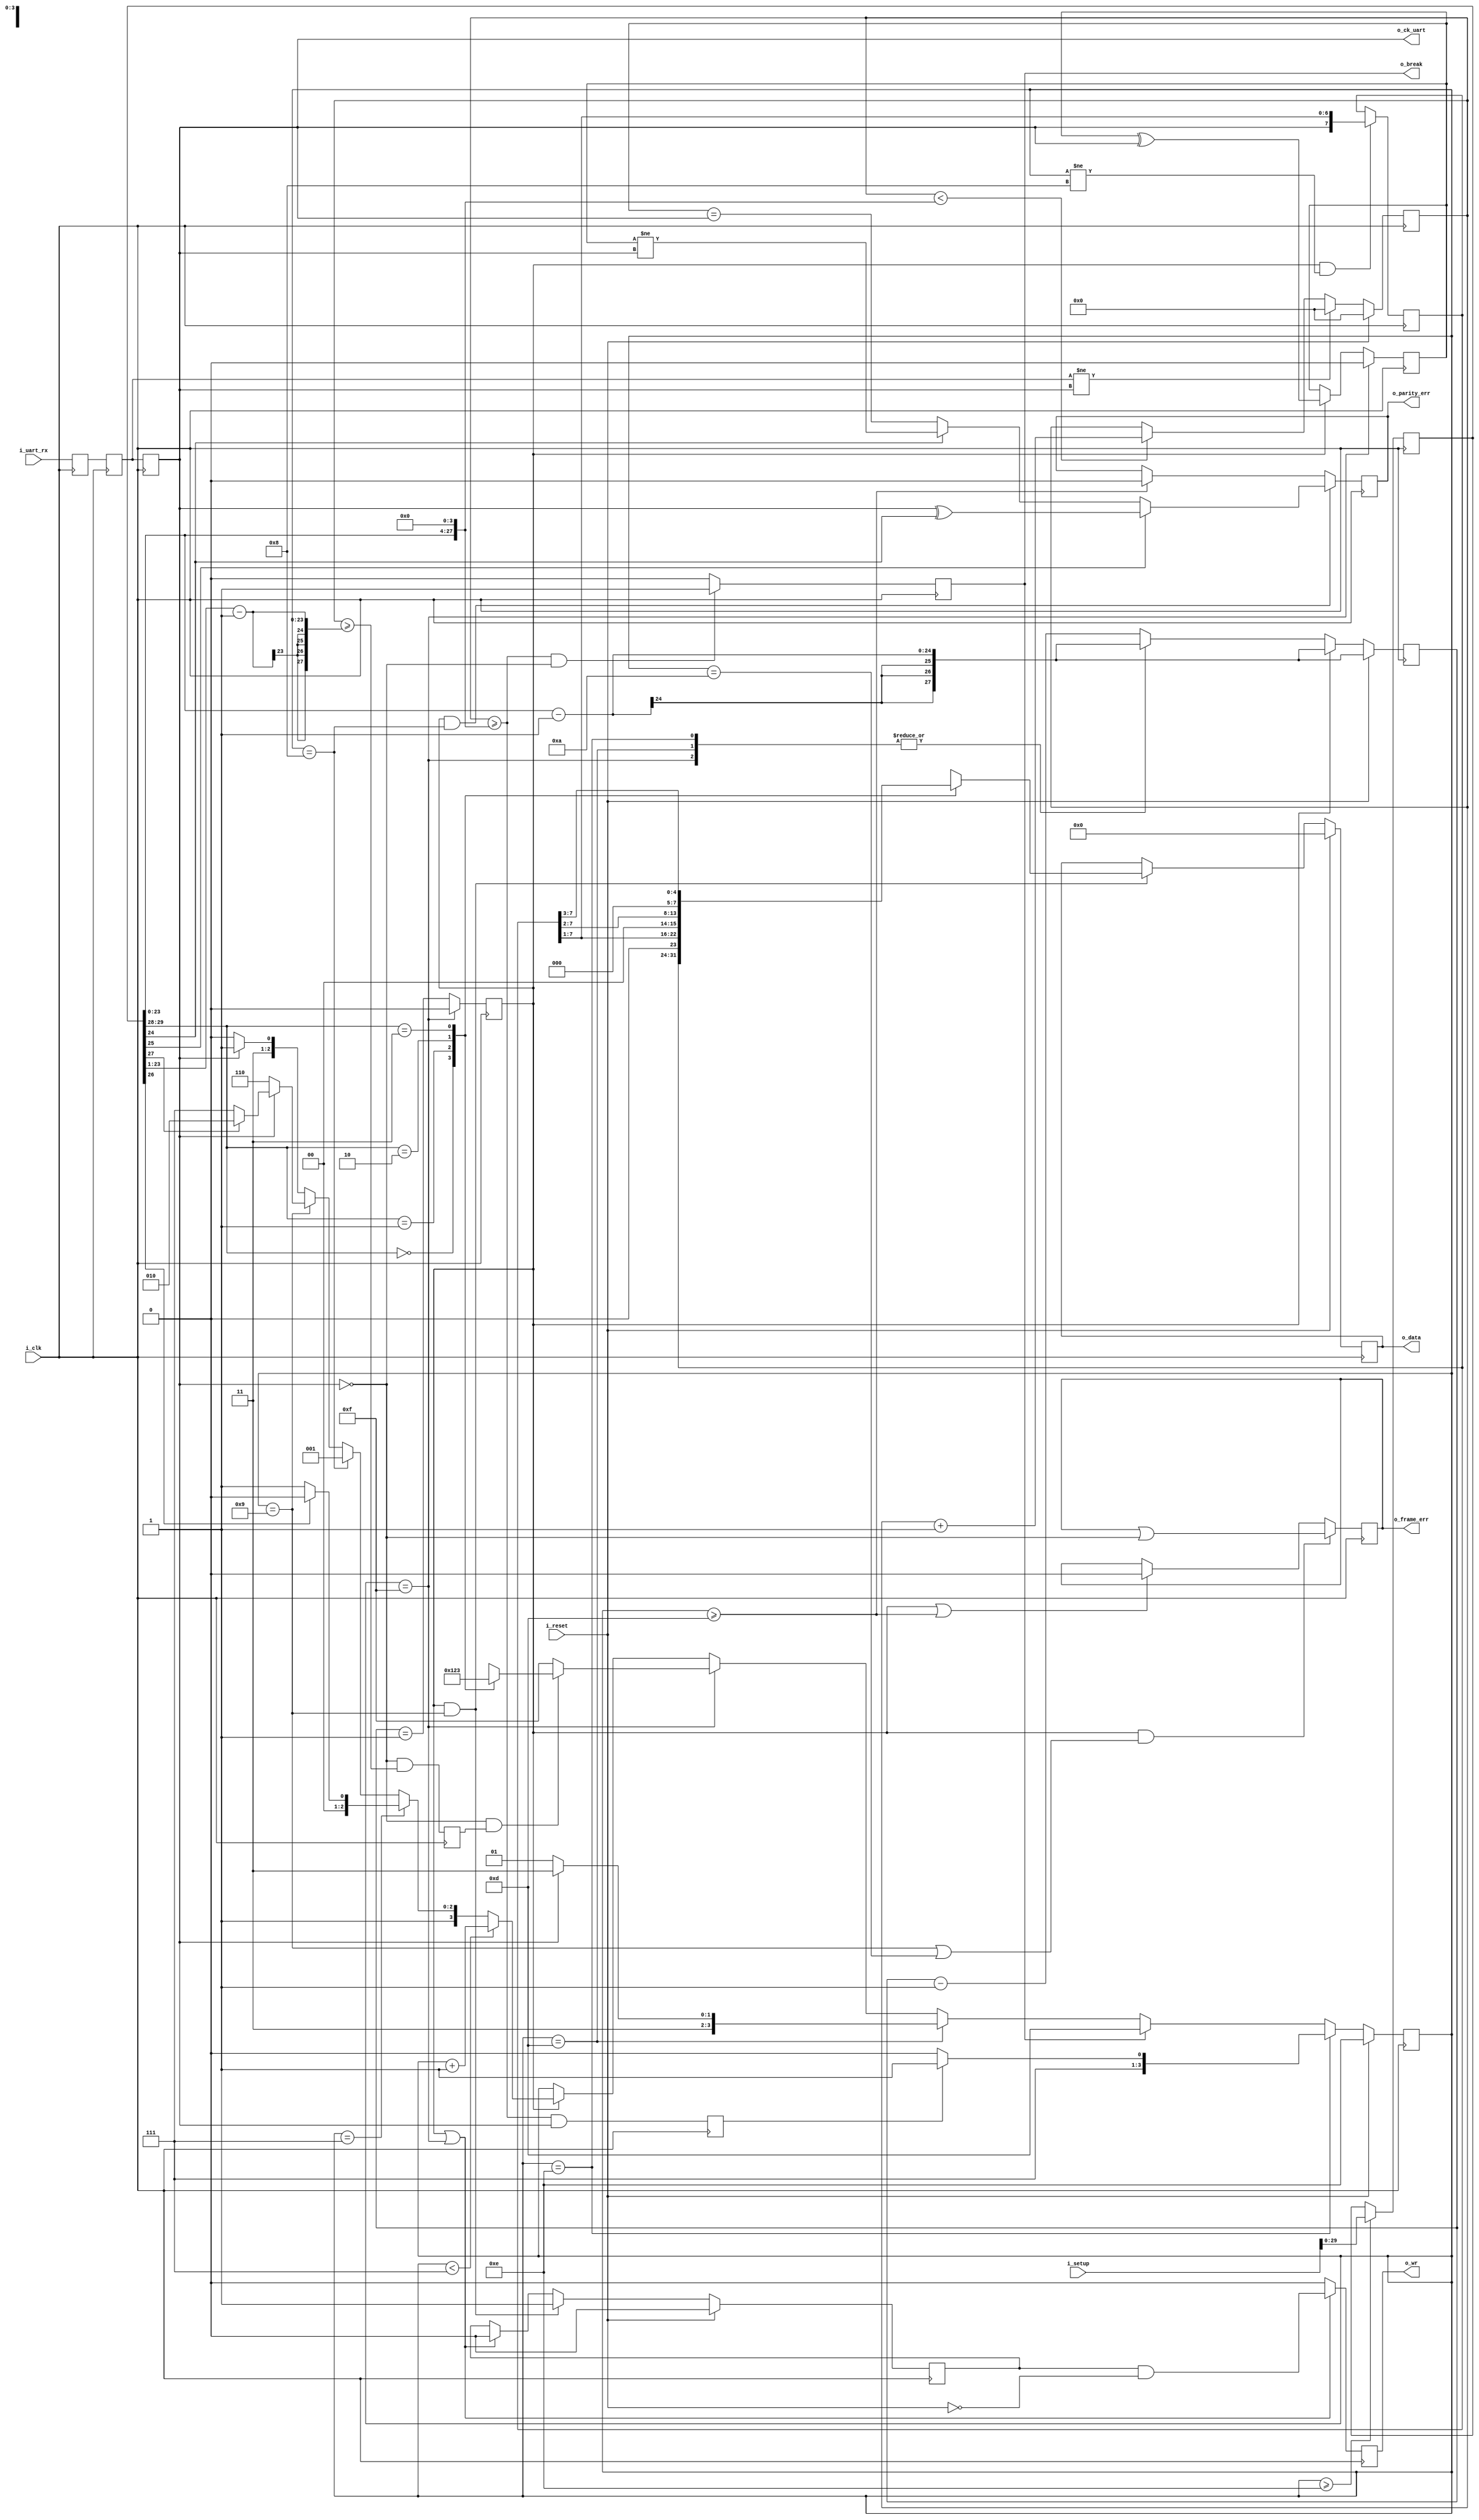
module rxuart #(
		// {{{
		// 8 data bits, no parity, (at least 1) stop bit
		parameter [30:0] INITIAL_SETUP = 31'd868,
		// States: (@ baud counter == 0)
		//	0	First bit arrives
		//	..7	Bits arrive
		//	8	Stop bit (x1)
		//	9	Stop bit (x2)
		//	c	break condition
		//	d	Waiting for the channel to go high
		//	e	Waiting for the reset to complete
		//	f	Idle state
		localparam [3:0]	RXU_BIT_ZERO    = 4'h0,
					RXU_BIT_ONE     = 4'h1,
					RXU_BIT_TWO     = 4'h2,
					RXU_BIT_THREE   =  4'h3,
					// RXU_BIT_FOUR = 4'h4, // UNUSED
					// RXU_BIT_FIVE = 4'h5, // UNUSED
					// RXU_BIT_SIX  = 4'h6, // UNUSED
					RXU_BIT_SEVEN   = 4'h7,
					RXU_PARITY      = 4'h8,
					RXU_STOP        = 4'h9,
					RXU_SECOND_STOP = 4'ha,
					// Unused 4'hb
					// Unused 4'hc
					RXU_BREAK       = 4'hd,
					RXU_RESET_IDLE  = 4'he,
					RXU_IDLE        = 4'hf
		// }}}
	) (
		// {{{
		input	wire		i_clk, i_reset,
		/* verilator lint_off UNUSED */
		input	wire	[30:0]	i_setup,
		/* verilator lint_on UNUSED */
		input	wire		i_uart_rx,
		output	reg		o_wr,
		output	reg	[7:0]	o_data,
		output	reg		o_break,
		output	reg		o_parity_err, o_frame_err,
		output	wire		o_ck_uart
		// }}}
	);
	// Signal declarations
	// {{{
	wire	[27:0]	clocks_per_baud, break_condition, half_baud;
	wire	[1:0]	data_bits;
	wire		use_parity, parity_even, dblstop, fixd_parity;
	reg	[29:0]	r_setup;
	reg	[3:0]	state;
	reg	[27:0]	baud_counter;
	reg		zero_baud_counter;
	reg		q_uart, qq_uart, ck_uart;
	reg	[27:0]	chg_counter;
	reg		line_synch;
	reg		half_baud_time;
	reg	[7:0]	data_reg;
	reg		calc_parity;
	reg		pre_wr;
	assign	clocks_per_baud = { 4'h0, r_setup[23:0] };
	// assign hw_flow_control = !r_setup[30];
	assign	data_bits   = r_setup[29:28];
	assign	dblstop     = r_setup[27];
	assign	use_parity  = r_setup[26];
	assign	fixd_parity = r_setup[25];
	assign	parity_even = r_setup[24];
	assign	break_condition = { r_setup[23:0], 4'h0 };
	assign	half_baud = { 5'h00, r_setup[23:1] }-28'h1;
	// }}}
	// ck_uart
	// {{{
	// Since this is an asynchronous receiver, we need to register our
	// input a couple of clocks over to avoid any problems with
	// metastability.  We do that here, and then ignore all but the
	// ck_uart wire.
	initial	q_uart  = 1'b0;
	initial	qq_uart = 1'b0;
	initial	ck_uart = 1'b0;
	always @(posedge i_clk)
	begin
		q_uart <= i_uart_rx;
		qq_uart <= q_uart;
		ck_uart <= qq_uart;
	end
	// }}}
	// o_ck_uart
	// {{{
	// In case anyone else wants this clocked, stabilized value, we
	// offer it on our output.
	assign	o_ck_uart = ck_uart;
	// }}}
	// chg_counter
	// {{{
	// Keep track of the number of clocks since the last change.
	// This is used to determine if we are in either a break or an idle
	// condition, as discussed further below.
	initial	chg_counter = 28'h00;
	always @(posedge i_clk)
	if (i_reset)
		chg_counter <= 28'h00;
	else if (qq_uart != ck_uart)
		chg_counter <= 28'h00;
	else if (chg_counter < break_condition)
		chg_counter <= chg_counter + 1;
	// }}}
	// o_break
	// {{{
	// Are we in a break condition?
	// A break condition exists if the line is held low for longer than
	// a data word.  Hence, we keep track of when the last change occurred.
	// If it was more than break_condition clocks ago, and the current input
	// value is a 0, then we're in a break--and nothing can be read until
	// the line idles again.
	initial	o_break    = 1'b0;
	always @(posedge i_clk)
		o_break <= ((chg_counter >= break_condition)&&(~ck_uart))? 1'b1:1'b0;
	// }}}
	// line_synch
	// {{{
	// Are we between characters?
	// The opposite of a break condition is where the line is held high
	// for more clocks than would be in a character.  When this happens,
	// we know we have synchronization--otherwise, we might be sampling
	// from within a data word.
	// This logic is used later to hold the RXUART in a reset condition
	// until we know we are between data words.  At that point, we should
	// be able to hold on to our synchronization.
	initial	line_synch = 1'b0;
	always @(posedge i_clk)
		line_synch <= ((chg_counter >= break_condition)&&(ck_uart));
	// }}}
	// half_baud_time
	// {{{
	// Are we in the middle of a baud iterval?  Specifically, are we
	// in the middle of a start bit?  Set this to high if so.  We'll use
	// this within our state machine to transition out of the IDLE
	// state.
	initial	half_baud_time = 0;
	always @(posedge i_clk)
		half_baud_time <= (~ck_uart)&&(chg_counter >= half_baud);
	// }}}
	// r_setup
	// {{{
	// Allow our controlling processor to change our setup at any time
	// outside of receiving/processing a character.
	initial	r_setup     = INITIAL_SETUP[29:0];
	always @(posedge i_clk)
	if (state >= RXU_RESET_IDLE)
		r_setup <= i_setup[29:0];
	// }}}
	// state -- the monster state machine
	// {{{
	// Our monster state machine.  YIKES!
	// Yeah, this may be more complicated than it needs to be.  The basic
	// progression is:
	//	RESET -> RESET_IDLE -> (when line is idle) -> IDLE
	//	IDLE -> bit 0 -> bit 1 -> bit_{ndatabits} ->
	//		(optional) PARITY -> STOP -> (optional) SECOND_STOP
	//		-> IDLE
	//	ANY -> (on break) BREAK -> IDLE
	// There are 16 states, although all are not used.  These are listed
	// at the top of this file.
	//	Logic inputs (12):	(I've tried to minimize this number)
	//		state	(4)
	//		i_reset
	//		line_synch
	//		o_break
	//		ckuart
	//		half_baud_time
	//		zero_baud_counter
	//		use_parity
	//		dblstop
	//	Logic outputs (4):
	//		state
	initial	state = RXU_RESET_IDLE;
	always @(posedge i_clk)
	if (i_reset)
		state <= RXU_RESET_IDLE;
	else if (state == RXU_RESET_IDLE)
	begin
		// {{{
		if (line_synch)
			// Goto idle state from a reset
			state <= RXU_IDLE;
		else // Otherwise, stay in this condition 'til reset
			state <= RXU_RESET_IDLE;
		// }}}
	end else if (o_break)
	begin // We are in a break condition
		state <= RXU_BREAK;
	end else if (state == RXU_BREAK)
	begin // Goto idle state following return ck_uart going high
		// {{{
		if (ck_uart)
			state <= RXU_IDLE;
		else
			state <= RXU_BREAK;
		// }}}
	end else if (state == RXU_IDLE)
	begin // Idle state, independent of baud counter
			// {{{
			if ((~ck_uart)&&(half_baud_time))
			begin
				// We are in the center of a valid start bit
				case (data_bits)
				2'b00: state <= RXU_BIT_ZERO;
				2'b01: state <= RXU_BIT_ONE;
				2'b10: state <= RXU_BIT_TWO;
				2'b11: state <= RXU_BIT_THREE;
				endcase
			end else // Otherwise, just stay here in idle
				state <= RXU_IDLE;
			// }}}
	end else if (zero_baud_counter)
	begin
		// {{{
		if (state < RXU_BIT_SEVEN)
			// Data arrives least significant bit first.
			// By the time this is clocked in, it's what
			// you'll have.
			state <= state + 1;
		else if (state == RXU_BIT_SEVEN)
			state <= (use_parity) ? RXU_PARITY:RXU_STOP;
		else if (state == RXU_PARITY)
			state <= RXU_STOP;
		else if (state == RXU_STOP)
		begin // Stop (or parity) bit(s)
			if (~ck_uart) // On frame error, wait 4 ch idle
				state <= RXU_RESET_IDLE;
			else if (dblstop)
				state <= RXU_SECOND_STOP;
			else
				state <= RXU_IDLE;
		end else // state must equal RX_SECOND_STOP
		begin
			if (~ck_uart) // On frame error, wait 4 ch idle
				state <= RXU_RESET_IDLE;
			else
				state <= RXU_IDLE;
		end
		// }}}
	end
	// }}}
	// data_reg -- Data bit capture logic.
	// {{{
	// This is drastically simplified from the state machine above, based
	// upon: 1) it doesn't matter what it is until the end of a captured
	// byte, and 2) the data register will flush itself of any invalid
	// data in all other cases.  Hence, let's keep it real simple.
	// The only trick, though, is that if we have parity, then the data
	// register needs to be held through that state without getting
	// updated.
	always @(posedge i_clk)
	if ((zero_baud_counter)&&(state != RXU_PARITY))
		data_reg <= { ck_uart, data_reg[7:1] };
	// }}}
	// calc_parity
	// {{{
	// Parity calculation logic
	// As with the data capture logic, all that must be known about this
	// bit is that it is the exclusive-OR of all bits prior.  The first
	// of those will follow idle, so we set ourselves to zero on idle.
	// Then, as we walk through the states of a bit, all will adjust this
	// value up until the parity bit, where the value will be read.  Setting
	// it then or after will be irrelevant, so ... this should be good
	// and simplified.  Note--we don't need to adjust this on reset either,
	// since the reset state will lead to the idle state where we'll be
	// reset before any transmission takes place.
	always @(posedge i_clk)
	if (state == RXU_IDLE)
		calc_parity <= 0;
	else if (zero_baud_counter)
		calc_parity <= calc_parity ^ ck_uart;
	// }}}
	// o_parity_err -- Parity error logic
	// {{{
	// Set during the parity bit interval, read during the last stop bit
	// interval, cleared on BREAK, RESET_IDLE, or IDLE states.
	initial	o_parity_err = 1'b0;
	always @(posedge i_clk)
	if ((zero_baud_counter)&&(state == RXU_PARITY))
	begin
		if (fixd_parity)
			// Fixed parity bit--independent of any dat
			// value.
			o_parity_err <= (ck_uart ^ parity_even);
		else if (parity_even)
			// Parity even: The XOR of all bits including
			// the parity bit must be zero.
			o_parity_err <= (calc_parity != ck_uart);
		else
			// Parity odd: the parity bit must equal the
			// XOR of all the data bits.
			o_parity_err <= (calc_parity == ck_uart);
	end else if (state >= RXU_BREAK)
		o_parity_err <= 1'b0;
	// }}}
	// o_frame_err -- Frame error determination
	// {{{
	// For the purpose of this controller, a frame error is defined as a
	// stop bit (or second stop bit, if so enabled) not being high midway
	// through the stop baud interval.   The frame error value is
	// immediately read, so we can clear it under all other circumstances.
	// Specifically, we want it clear in RXU_BREAK, RXU_RESET_IDLE, and
	// most importantly in RXU_IDLE.
	initial	o_frame_err  = 1'b0;
	always @(posedge i_clk)
	if ((zero_baud_counter)&&((state == RXU_STOP)
					||(state == RXU_SECOND_STOP)))
		o_frame_err <= (o_frame_err)||(~ck_uart);
	else if ((zero_baud_counter)||(state >= RXU_BREAK))
		o_frame_err <= 1'b0;
	// }}}
	// pre_wr, o_data
	// {{{
	// Our data bit logic doesn't need nearly the complexity of all that
	// work above.  Indeed, we only need to know if we are at the end of
	// a stop bit, in which case we copy the data_reg into our output
	// data register, o_data.
	// We would also set o_wr to be true when this is the case, but ... we
	// won't know if there is a frame error on the second stop bit for
	// another baud interval yet.  So, instead, we set up the logic so that
	// we know on the next zero baud counter that we can write out.  That's
	// the purpose of pre_wr.
	initial	o_data = 8'h00;
	initial	pre_wr = 1'b0;
	always @(posedge i_clk)
	if (i_reset)
	begin
		pre_wr <= 1'b0;
		o_data <= 8'h00;
	end else if ((zero_baud_counter)&&(state == RXU_STOP))
	begin
		pre_wr <= 1'b1;
		case (data_bits)
		2'b00: o_data <= data_reg;
		2'b01: o_data <= { 1'b0, data_reg[7:1] };
		2'b10: o_data <= { 2'b0, data_reg[7:2] };
		2'b11: o_data <= { 3'b0, data_reg[7:3] };
		endcase
	end else if ((zero_baud_counter)||(state == RXU_IDLE))
		pre_wr <= 1'b0;
	// }}}
	// o_wr
	// {{{
	// Create an output strobe, true for one clock only, once we know
	// all we need to know.  o_data will be set on the last baud interval,
	// o_parity_err on the last parity baud interval (if it existed,
	// cleared otherwise, so ... we should be good to go here.)
	initial	o_wr   = 1'b0;
	always @(posedge i_clk)
	if ((zero_baud_counter)||(state == RXU_IDLE))
		o_wr <= (pre_wr)&&(!i_reset);
	else
		o_wr <= 1'b0;
	// }}}
	// The baud counter
	// {{{
	// This is used as a "clock divider" if you will, but the clock needs
	// to be reset before any byte can be decoded.  In all other respects,
	// we set ourselves up for clocks_per_baud counts between baud
	// intervals.
	always @(posedge i_clk)
	if (i_reset)
		baud_counter <= clocks_per_baud-28'h01;
	else if (zero_baud_counter)
		baud_counter <= clocks_per_baud-28'h01;
	else case(state)
		RXU_RESET_IDLE:baud_counter <= clocks_per_baud-28'h01;
		RXU_BREAK:	baud_counter <= clocks_per_baud-28'h01;
		RXU_IDLE:	baud_counter <= clocks_per_baud-28'h01;
		default:	baud_counter <= baud_counter-28'h01;
	endcase
	// }}}
	// zero_baud_counter
	// {{{
	// Rather than testing whether or not (baud_counter == 0) within our
	// (already too complicated) state transition tables, we use
	// zero_baud_counter to pre-charge that test on the clock
	// before--cleaning up some otherwise difficult timing dependencies.
	initial	zero_baud_counter = 1'b0;
	always @(posedge i_clk)
	if (state == RXU_IDLE)
		zero_baud_counter <= 1'b0;
	else
		zero_baud_counter <= (baud_counter == 28'h01);
	// }}}
endmodule